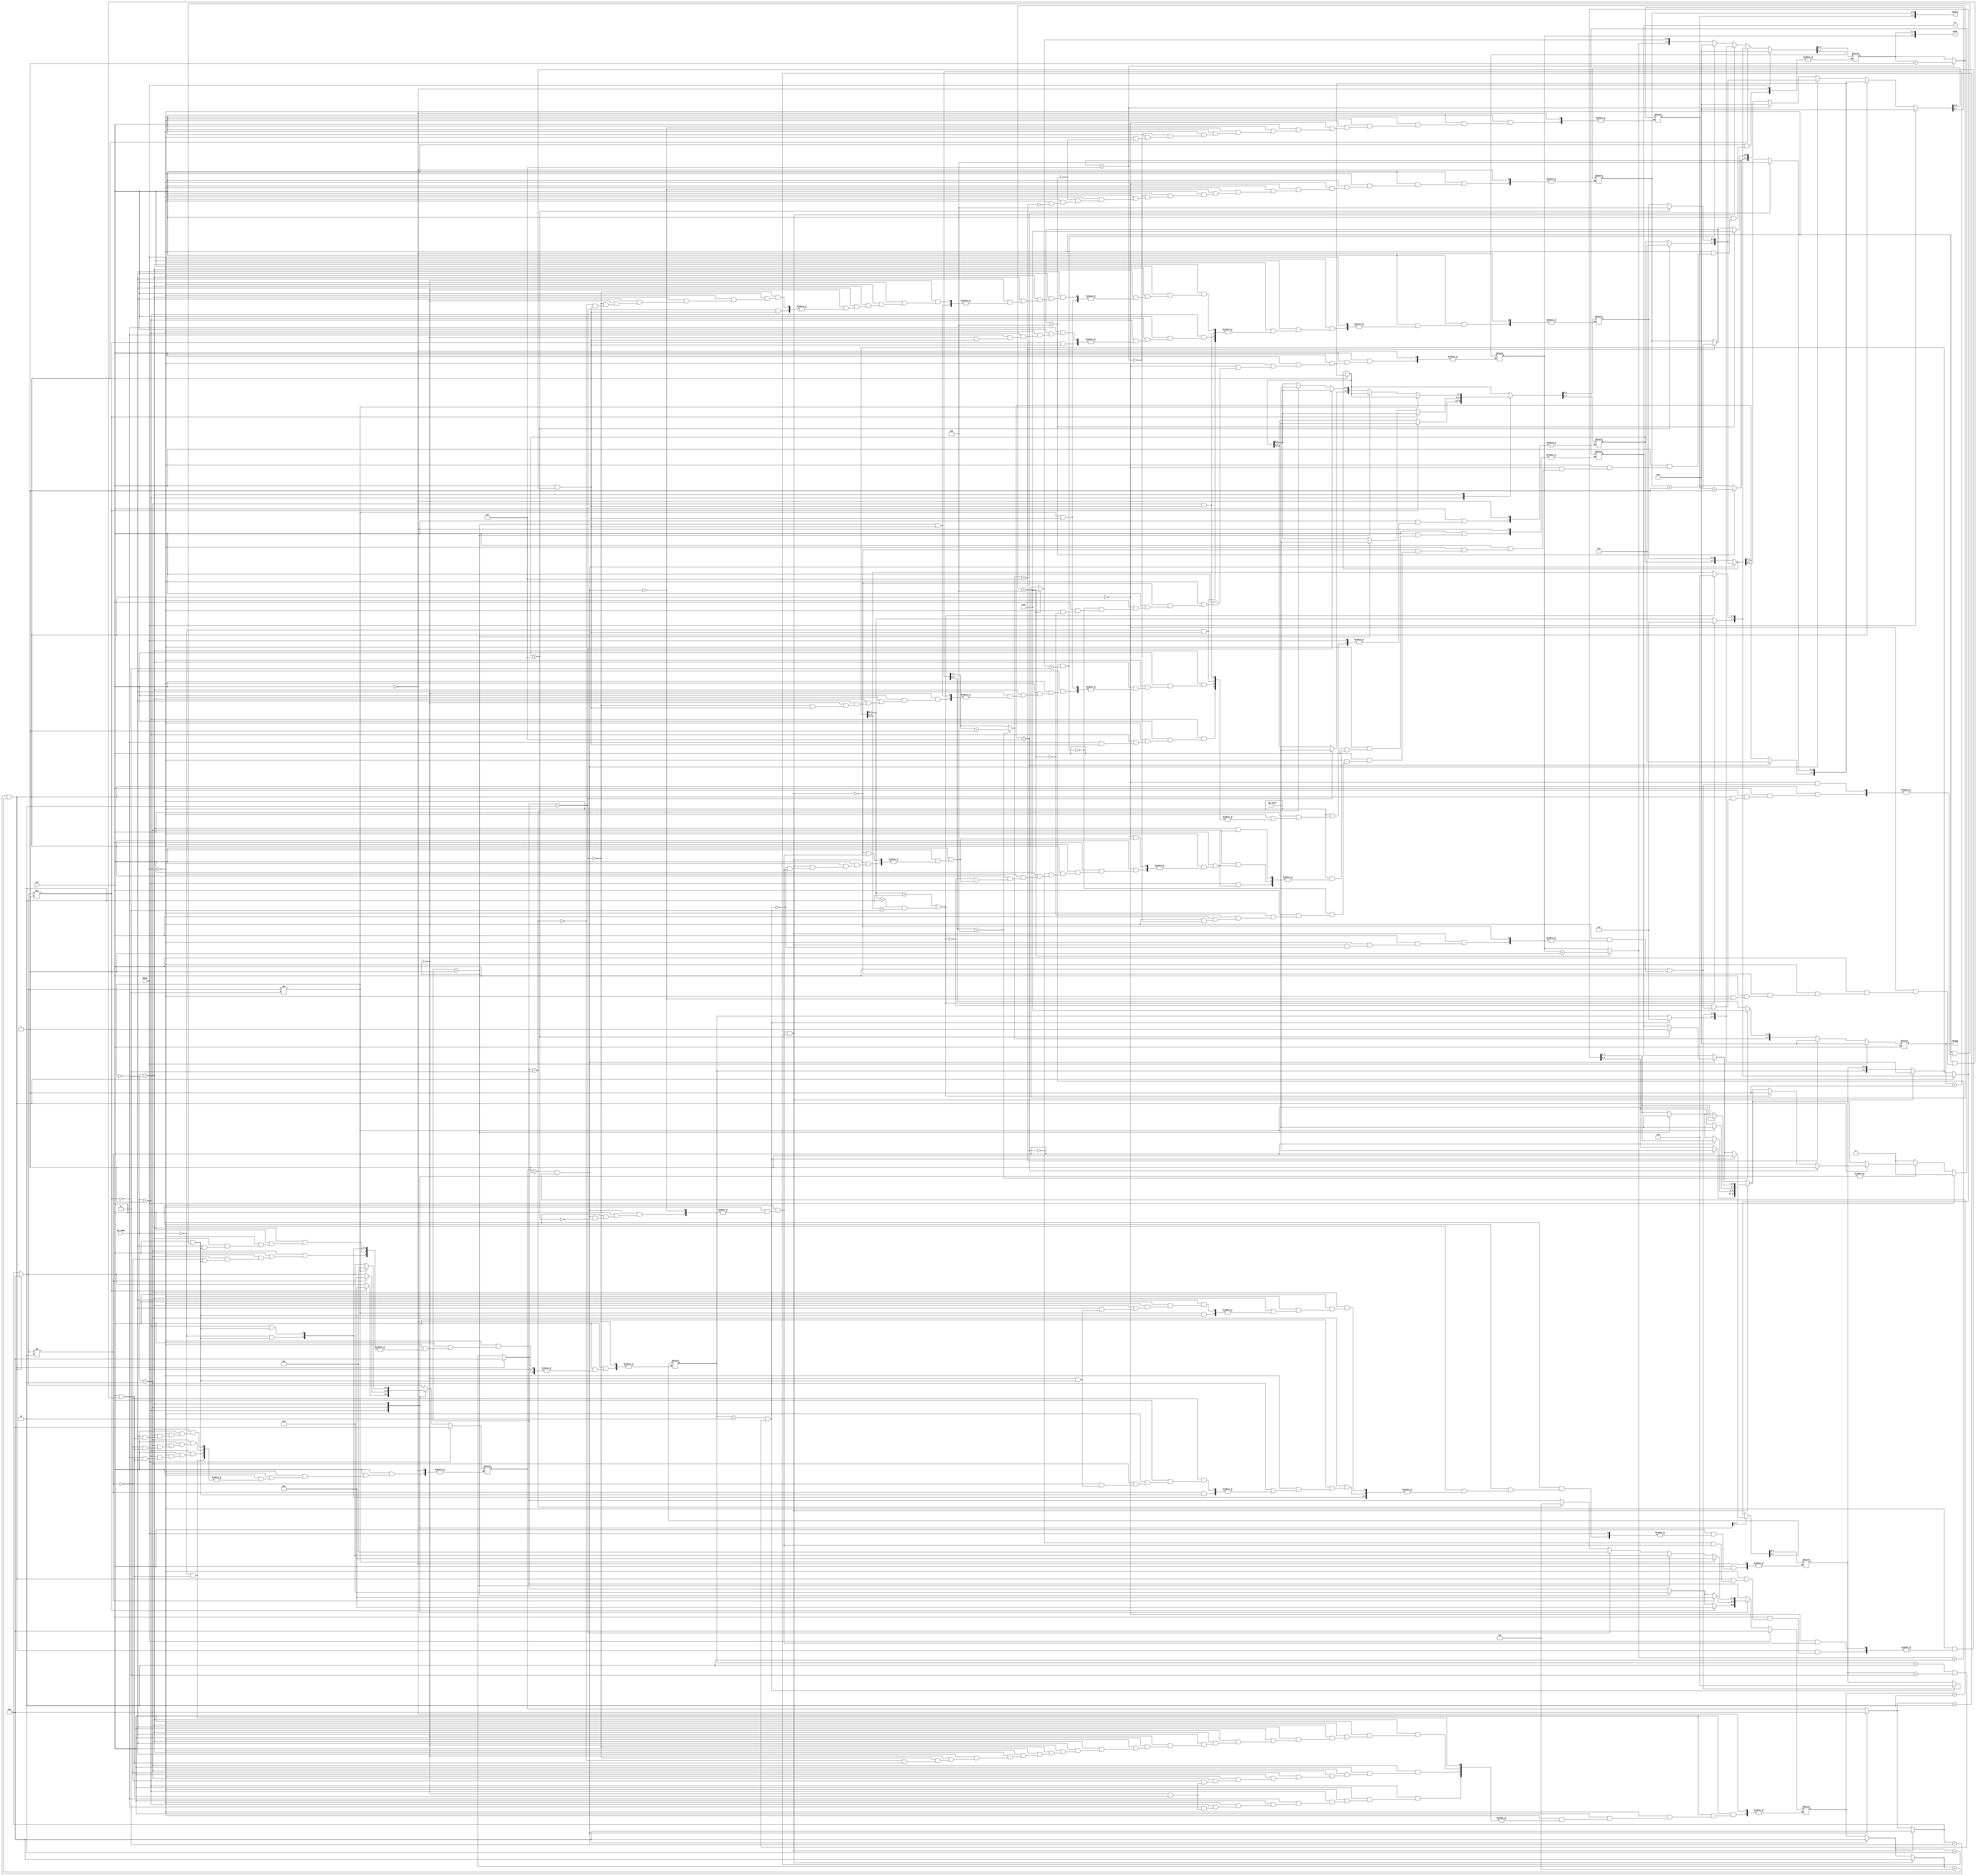
module CLOCK( HOUR, MINUTE, SECOND, err, RESET,  SET_MODE, SET_DATA, CLK);      
    
    // INPUT & OUTPUT DECL
    output reg [7:0]   HOUR, MINUTE, SECOND; 
    output reg         err;    
    input           CLK, RESET;
    input   [1:0]   SET_MODE;
    input   [3:0]   SET_DATA;
    
    // VARAIABLE DECL
    reg     [2:0]   last_mode, now_CLK;
    reg     [3:0]   last_data, dig_tmp;
    reg     [7:0]   tmp, change_hr, change_min;
    
    
    // DESIGN
    always@(CLK) begin
    if(CLK == 1) begin

        if(RESET == 1) begin
            HOUR = 0;
            MINUTE = 0;
            SECOND = 0;
            err = 0;
            last_mode = 0;
            now_CLK = 0;
        end
        else begin
            tmp = SECOND;
            SECOND = tmp + 1;
            // second
            if (SECOND[3:0] > 9) begin
                SECOND[3:0] = 0;
                dig_tmp = SECOND[7:4];
                SECOND[7:4] = dig_tmp + 1;
            end
            if (SECOND[7:4] > 5) begin
                SECOND = 0;
                dig_tmp = MINUTE[3:0];
                MINUTE[3:0] = dig_tmp + 1;
            end

            // minute
            if (MINUTE[3:0] > 9) begin
                MINUTE[3:0] = 0;
                dig_tmp = MINUTE[7:4];
                MINUTE[7:4] = dig_tmp + 1;
            end
            if (MINUTE[7:4] > 5) begin
                MINUTE = 0;
                dig_tmp = HOUR[3:0];
                HOUR[3:0] = dig_tmp + 1;
            end

            //hour
            if (HOUR[3:0] > 9) begin
                dig_tmp = HOUR[7:4];
                HOUR[7:4] = dig_tmp + 1;
                HOUR[3:0] = 0;
            end
            if ((HOUR[7:4] == 2) && (HOUR[3:0] > 3)) begin
                HOUR = 0;
            end

            // Change min
            if ((last_mode == 2'b01) && (now_CLK == 2)) begin
                last_mode = 0;
                now_CLK = 0;

                if (change_min[7:4] > 5) begin
                    change_min[7:4] = 5;
                    change_min[3:0] = 9;
                    err = 1;
                end
                MINUTE = change_min;
            end

            // Change hour
            if ((last_mode == 2'b10) && (now_CLK == 2)) begin
                last_mode = 0;
                now_CLK = 0;
                if((change_hr[7:4] > 2) || ((change_hr[7:4] == 2) && (change_hr[3:0] > 3))) begin
                    change_hr[7:4] = 2;
                    change_hr[3:0] = 3;
                    err = 1;
                end
                HOUR = change_hr;
            end

            // Change hr & min
            if ((last_mode == 2'b11) && (now_CLK == 4)) begin
                last_mode = 0;
                now_CLK = 0;
                if((change_hr[7:4] > 2) || ((change_hr[7:4] == 2) && (change_hr[3:0] > 3))) begin
                    change_hr[7:4] = 2;
                    change_hr[3:0] = 3;
                    err = 1;
                end
                HOUR = change_hr;
                if (change_min[7:4] > 5) begin
                    change_min[7:4] = 5;
                    change_min[3:0] = 9;
                    err = 1;
                end
                MINUTE = change_min;
            end

            // set mode change
            case(SET_MODE)
                2'b00:  err = 0;

                2'b01:  
                begin
                    if (last_mode != 1'b01) begin
                        last_mode = 2'b01;
                        now_CLK = 1;
                        change_min[7:4] = SET_DATA;
                    end
                    else if (now_CLK == 1) begin
                        now_CLK = 2;
                        change_min[3:0] = SET_DATA;
                    end
                end    

                2'b10:
                begin
                    if (last_mode != 2'b10) begin
                        last_mode = 2'b10;
                        now_CLK = 1;
                        change_hr[7:4] = SET_DATA;
                    end
                    else if (now_CLK == 1) begin
                        now_CLK = 2;
                        change_hr[3:0] = SET_DATA;
                    end
                end

                2'b11:
                begin
                    if (last_mode != 2'b11) begin
                        last_mode = 2'b11;
                        now_CLK = 1;
                        change_hr[7:4] = SET_DATA;
                    end
                    else if (now_CLK == 1) begin
                        now_CLK = 2;
                        change_hr[3:0] = SET_DATA;
                    end
                    else if (now_CLK == 2) begin
                        now_CLK = 3;
                        change_min[7:4] = SET_DATA;
                    end
                    else if (now_CLK == 3) begin
                        now_CLK = 4;
                        change_min[3:0] = SET_DATA;
                    end
                end
            endcase
        end
    end
    end
    
endmodule